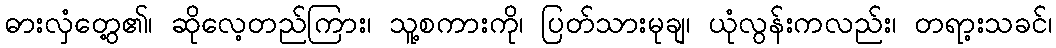
ဓားလှံတွေ့၏၊ ဆိုလေ့တည်ကြား၊ သူ့စကားကို၊ ပြတ်သားမုချ၊ ယုံလွန်းကလည်း၊ တရာ့းသခင်၊